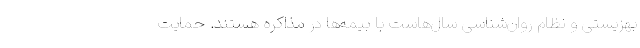
بهزیستی و نظام روان‌شناسی سال‌هاست با بیمه‌ها در مذاکره هستند. حمایت